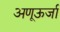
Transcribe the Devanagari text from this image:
अणूऊर्जा